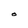
Character: O